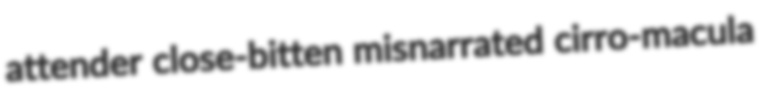
attender close-bitten misnarrated cirro-macula